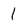
Character: l